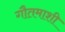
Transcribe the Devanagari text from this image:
गौतमाशी